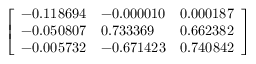
\left[ \begin{array} { l l l } { - 0 . 1 1 8 6 9 4 } & { - 0 . 0 0 0 0 1 0 } & { 0 . 0 0 0 1 8 7 } \\ { - 0 . 0 5 0 8 0 7 } & { 0 . 7 3 3 3 6 9 } & { 0 . 6 6 2 3 8 2 } \\ { - 0 . 0 0 5 7 3 2 } & { - 0 . 6 7 1 4 2 3 } & { 0 . 7 4 0 8 4 2 } \end{array} \right]